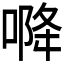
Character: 𭉓